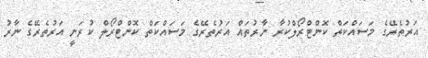
އަރުތެރޭގެ މަސައްކަތް ކޮންޓްރޯލްކުރާ ނާރުތައް އަރުތެރޭގެ މަސައްކަތް ކޮންޓްރޯލް ކުރަނީ އަރުތެރޭގެ ނާރު